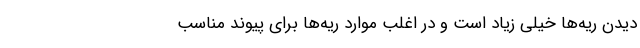
دیدن ریه‌ها خیلی زیاد است و در اغلب موارد ریه‌ها برای پیوند مناسب